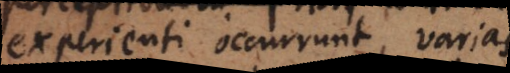
experienti occurrunt, varias